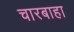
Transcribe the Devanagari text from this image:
चारबाहा